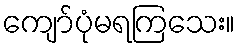
ကျော်ပုံမရကြသေး။